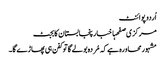
اُردو پوائنٹ
مرکزی صفحہاخبارپنجابستان کابجٹ
مشہورمحاورہ ہے کہ مُردہ بولے گاتو کفن ہی پھاڑے گا۔